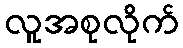
လူအစုလိုက်